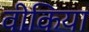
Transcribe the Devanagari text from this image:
वीकिया